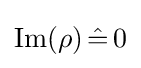
{\text{Im}}(\rho )\,{\hat {=}}\,0